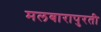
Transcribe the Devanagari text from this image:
मलबारापुरती